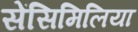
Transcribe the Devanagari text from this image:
सेंसिमिलिया